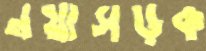
নয়াসড়ক